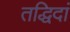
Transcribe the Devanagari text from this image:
तद्धिदां